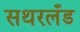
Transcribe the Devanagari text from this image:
सथरलँड